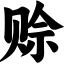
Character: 赊